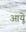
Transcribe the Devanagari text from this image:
आयूे